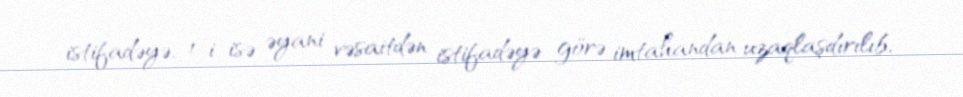
istifadəyə, 1-i isə əyani vəsaitdən istifadəyə görə imtahandan uzaqlaşdırılıb,